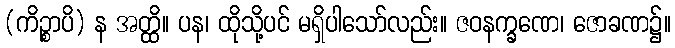
(ကိဉ္စာပိ) န အတ္ထိ။ ပန၊ ထိုသို့ပင် မရှိပါသော်လည်း။ ဇဝနက္ခဏေ၊ ဇောခဏ၌။